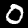
Digit: 0